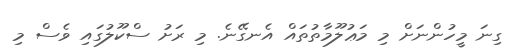
ގިނަ މީހުންނަށް މި މަޢުލޫމާތުތައް އެނގޭނެ. މި ރަށު ސްކޫލުގައި ވެސް މި